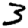
Digit: 3